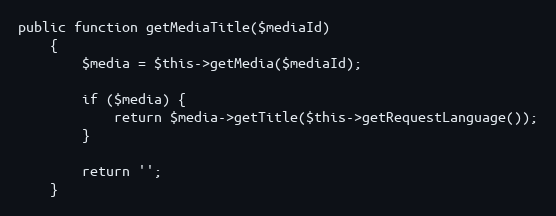
Language: PHP
public function getMediaTitle($mediaId)
    {
        $media = $this->getMedia($mediaId);

        if ($media) {
            return $media->getTitle($this->getRequestLanguage());
        }

        return '';
    }